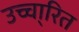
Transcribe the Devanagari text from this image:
उच्चा्रित